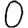
Digit: 0